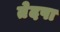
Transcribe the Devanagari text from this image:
तेदपा